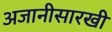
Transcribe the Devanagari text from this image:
अजानीसारखी